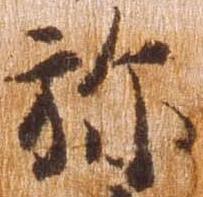
弥